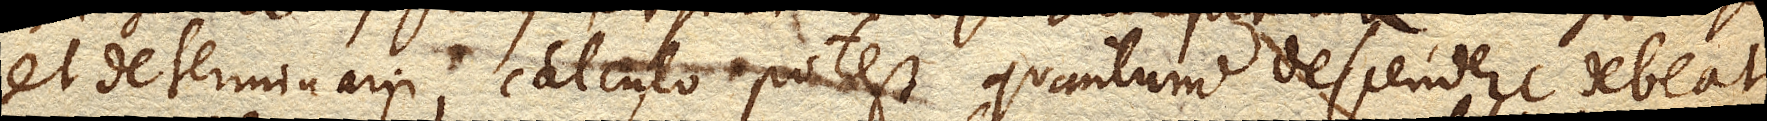
et determinari calculo potest quantum descendere debeat